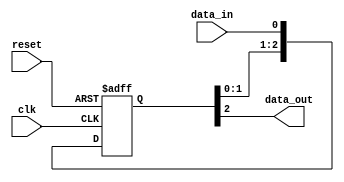
module three_flop_synchronizer (
    input wire clk,
    input wire reset,
    input wire data_in,
    output wire data_out
);

reg [2:0] sync_signals;

always @(posedge clk or posedge reset) begin
    if (reset) begin
        sync_signals <= 3'b0;
    end else begin
        sync_signals <= {sync_signals[1:0], data_in};
    end
end

assign data_out = sync_signals[2];

endmodule